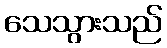
သေသွားသည်